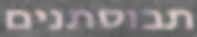
תבוסתנים